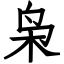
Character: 枭